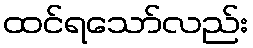
ထင်ရသော်လည်း